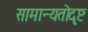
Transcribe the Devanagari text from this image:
सामान्यतोदृष्ट